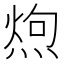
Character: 𪹐